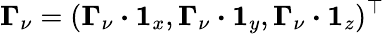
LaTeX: \boldsymbol{\Gamma}_{\nu}=(\boldsymbol{\Gamma}_{\nu}\boldsymbol{\cdot}\boldsymbol{1}_{x},\boldsymbol{\Gamma}_{\nu}\boldsymbol{\cdot}\boldsymbol{1}_{y},\boldsymbol{\Gamma}_{\nu}\boldsymbol{\cdot}\boldsymbol{1}_{z})^{\top}